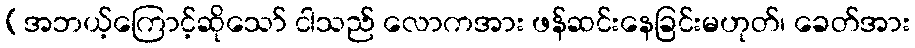
(အဘယ့်ကြောင့်ဆိုသော် ငါသည် လောကအား ဖန်ဆင်းနေခြင်းမဟုတ်၊ ခေတ်အား